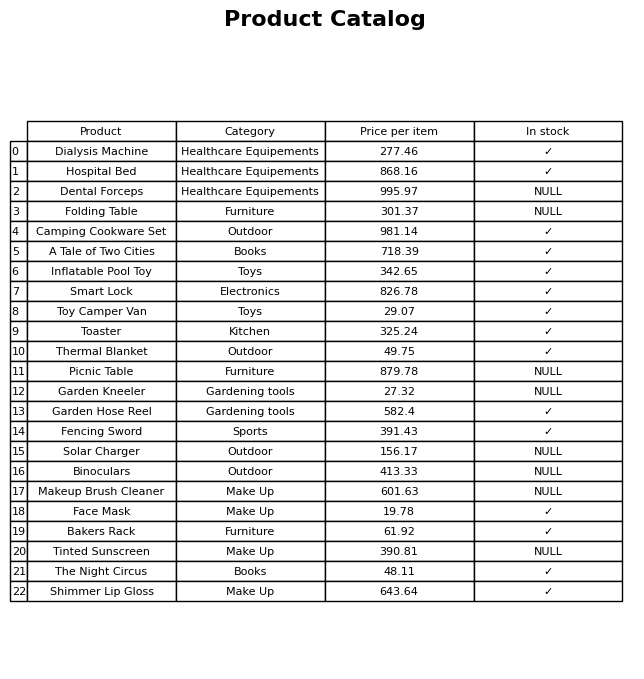
question: What is the price of the Toaster?
answer: The price of Toaster is 325.24.